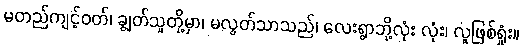
မတည်ကျင့်ဝတ်၊ ချွတ်သူတို့မှာ၊ မလွတ်သာသည်၊ လေးရွာဘို့လုံး လုံး၊ လူဖြစ်ရှုံး။